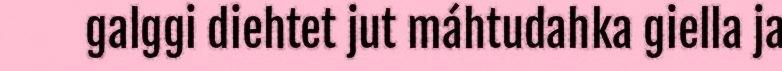
galggi diehtet jut máhtudahka giella ja